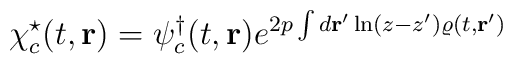
\chi^\star_c (t,{\bf r})=\psi^\dagger_c (t,{\bf r})e^{2p\int d{\bf r}'\ln(z-z')\varrho (t,{\bf r}')}